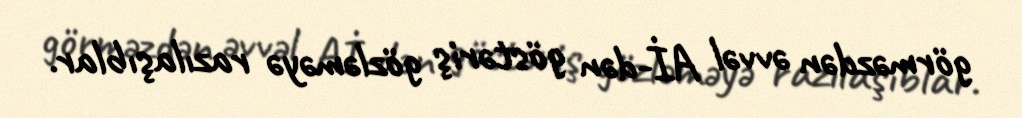
görməzdən əvvəl Aİ-dən göstəriş gözləməyə razılaşıblar.